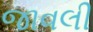
જાવલી